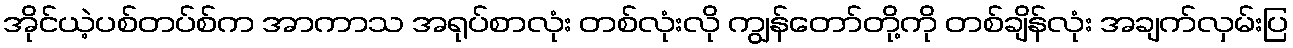
အိုင်ယဲ့ပစ်တပ်စ်က အာကာသ အရုပ်စာလုံး တစ်လုံးလို ကျွန်တော်တို့ကို တစ်ချိန်လုံး အချက်လှမ်းပြ